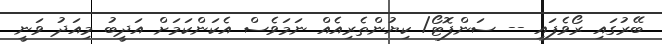
ބޭރުގައި ރޯވެފައި -- ސަންފޮޓޯ/ ކިޔުންތެރިއެއް ނަމަވެސް އެކަންކަމަށް އަދީބު މިއަދު ވަނީ